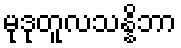
မုဒုတူလသန္နိဘာ